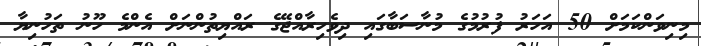
މިނިވަންކަމަށް 50 އަހަރު ފުރުމުގެ މުނާސަބާގައި ދިވެހިރާއްޖޭގެ ރައްޔިތުންނަށް އެންމެ ހޫނު ތަހުނިޔާ